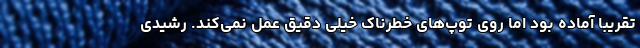
تقریبا آماده بود اما روی توپ‌های خطرناک خیلی دقیق عمل نمی‌کند. رشیدی